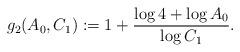
LaTeX: \begin{align*}g_2(A_0, C_1) :=1+\frac{\log 4+ \log A_0}{\log C_1}. \end{align*}